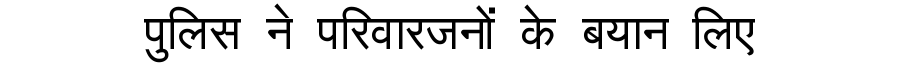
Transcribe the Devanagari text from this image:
पुलिस ने परिवारजनों के बयान लिए